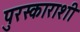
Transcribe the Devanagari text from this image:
पुरस्काराशी